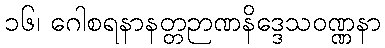
၁၆၊ ဂေါစရနာနတ္တဉာဏနိဒ္ဒေသဝဏ္ဏနာ